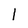
Character: I